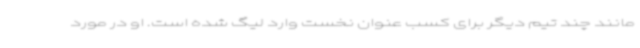
مانند چند تیم دیگر برای کسب عنوان نخست وارد لیگ شده است. او در مورد